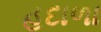
હદાળા